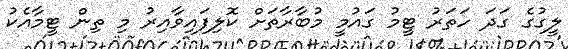
ލީގުގެ ގަދަ ހަތަރު ޓީމު ގައުމީ މުބާރާތަށް ކޮލިފައިވާއިރު މި ތިން ޓީމާއެކު